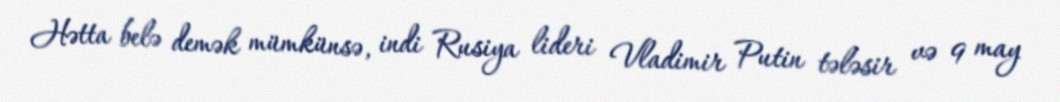
Hətta belə demək mümkünsə, indi Rusiya lideri Vladimir Putin tələsir və 9 may